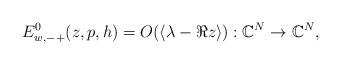
LaTeX: \begin{align*}E_{w,-+}^0(z,p,h)=O(\langle\lambda-\Re z\rangle):\mathbb{C}^N\to\mathbb{C}^N,\end{align*}